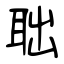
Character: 聉